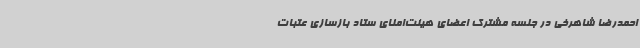
احمدرضا شاهرخی در جلسه مشترک اعضای هیئت‌امنای ستاد بازسازی عتبات